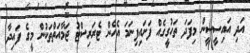
އަދި އައިސީސީން މިފަދަ ތަހުގީގެއް ފަށައިފިނަމަ އެހެން ޓެރަރިސްޓު ޖަމާއަތްތަކުން މީގެ ފައިދާ